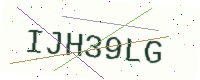
Text: IJH39LG